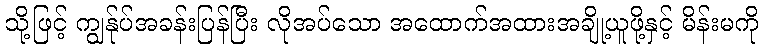
သို့ဖြင့် ကျွန်ုပ်အခန်းပြန်ပြီး လိုအပ်သော အထောက်အထားအချို့ယူဖို့နှင့် မိန်းမကို